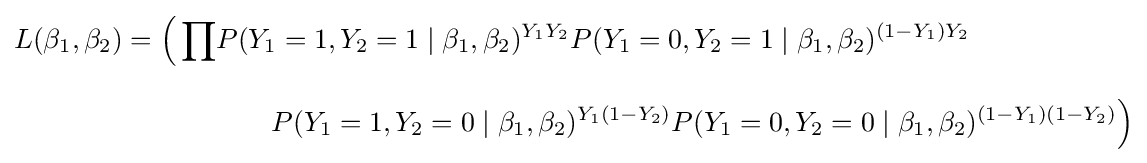
{\begin{aligned}L(\beta _{1},\beta _{2})={\Big (}\prod &P(Y_{1}=1,Y_{2}=1\mid \beta _{1},\beta _{2})^{Y_{1}Y_{2}}P(Y_{1}=0,Y_{2}=1\mid \beta _{1},\beta _{2})^{(1-Y_{1})Y_{2}}\\[8pt]&{}\qquad P(Y_{1}=1,Y_{2}=0\mid \beta _{1},\beta _{2})^{Y_{1}(1-Y_{2})}P(Y_{1}=0,Y_{2}=0\mid \beta _{1},\beta _{2})^{(1-Y_{1})(1-Y_{2})}{\Big )}\end{aligned}}